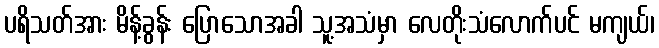
ပရိသတ်အား မိန့်ခွန်း ပြောသောအခါ သူ့အသံမှာ လေတိုးသံလောက်ပင် မကျယ်၊